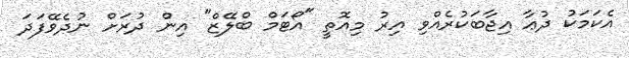
އެކަމަކު ދުޢާ އިޖާބަކުރެއްވި އިރު މިއޮތީ "އޯޓަމް ބްލޭޒް" އިން ދުރަށް ނުދެވޭފަދަ